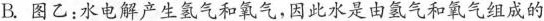
B.图乙：水电解产生氢气和氧气，因此水是由氢气和氧气组成的